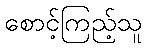
စောင့်ကြည့်သူ